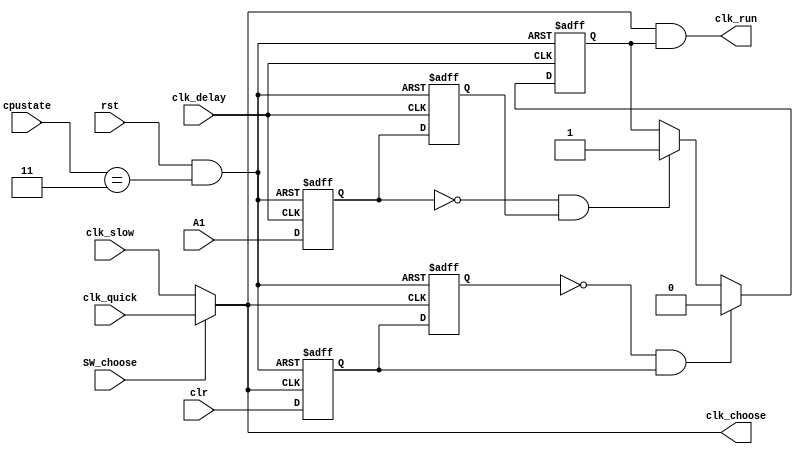
/**/
module qtsj(clk_quick,clk_slow,clk_delay,clr,rst,SW_choose,A1,cpustate,clk_run,clk_choose);
input clk_quick,clk_slow;
input clk_delay;
input clr;
input rst;
input SW_choose;
input A1;//
input [1:0] cpustate;
output clk_run,clk_choose;

reg A_d1,A_d2,clk_enable;
reg clr_d1,clr_d2;
wire reset;
wire A_Neg;
wire clr_Neg;

assign reset = rst&(cpustate == 2'b11);
assign clk_choose = (SW_choose)?clk_quick:clk_slow;

always @(posedge clk_delay or negedge reset)//A11
begin
	if(!reset) A_d1 <= 1;
	else A_d1 <= A1;
end
always @(posedge clk_delay or negedge reset)//A12
begin
	if(!reset) A_d2 <= 1;
	else A_d2 <= A_d1;
end
assign A_Neg = (~A_d1)&A_d2;//A1A11

always @(posedge clk_choose or negedge reset)//clr1
begin
	if(!reset) clr_d1 <= 1;
	else clr_d1 <= clr;
end
always @(posedge clk_choose or negedge reset)//clr2
begin
	if(!reset) clr_d2 <= 1;
	else clr_d2 <= clr_d1;
end
assign clr_Neg = (~clr_d2)&clr_d1;//clrclr1


always @(posedge clk_delay or negedge reset)//A1clk_enable1clrclk_enable0
begin	
	if(!reset) clk_enable <= 0;
	else 
	begin
		if(clr_Neg) clk_enable <= 0;
		else if(A_Neg) clk_enable <= 1;
		else clk_enable <= clk_enable;
	end
end

assign clk_run = clk_choose & clk_enable;//clk_run


endmodule